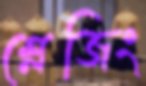
শ্লেজিং